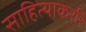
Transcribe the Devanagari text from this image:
साहित्याकररि